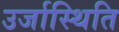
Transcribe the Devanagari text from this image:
उर्जास्थिति